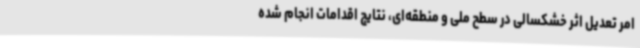
امر تعدیل اثر خشکسالی در سطح ملی و منطقه‌ای، نتایج اقدامات انجام شده